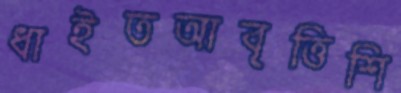
ধাইতআবৃত্তিশি